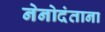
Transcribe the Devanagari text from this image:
नेनोदंताना